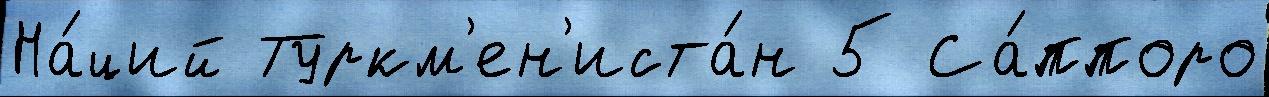
На́ций Туркм'ен'иста́н 5 Са́ппоро